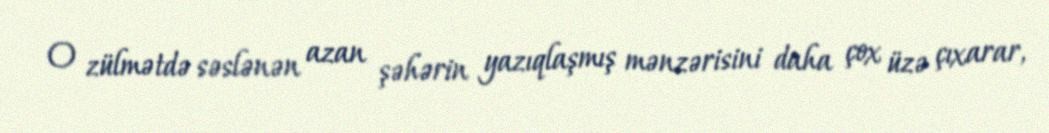
O zülmətdə səslənən azan şəhərin yazıqlaşmış mənzərisini daha çox üzə çıxarar,